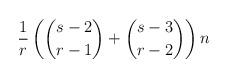
LaTeX: \begin{align*}\frac{1}{r} \left( \binom{s-2}{r-1} + \binom{s-3}{r-2} \right)n \end{align*}